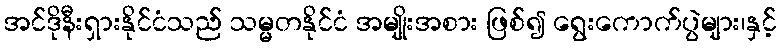
အင်ဒိုနီးရှားနိုင်ငံသည် သမ္မတနိုင်ငံ အမျိုးအစား ဖြစ်၍ ရွေးကောက်ပွဲများ၊နှင့်